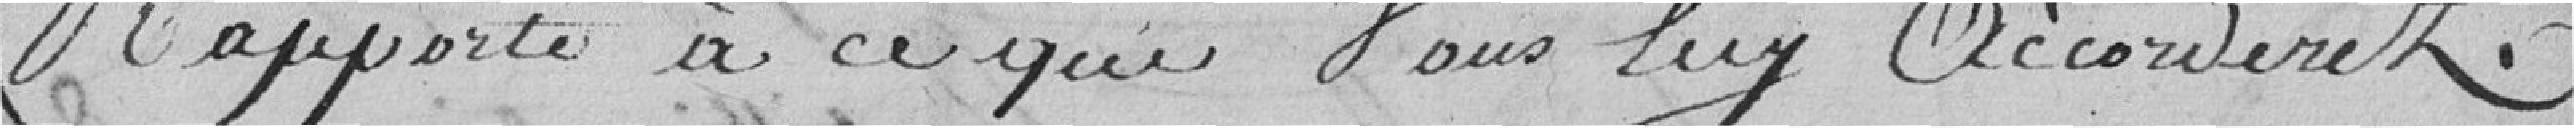
rapporte à ce que vous luy accorderez.